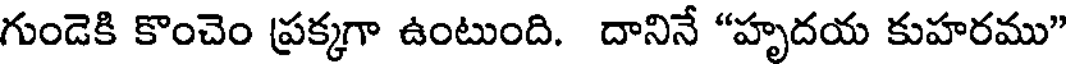
గుండెకి కొంచెం ప్రక్కగా ఉంటుంది. దానినే "హృదయ కుహరము"